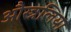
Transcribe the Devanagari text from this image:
औस्त्रलिया